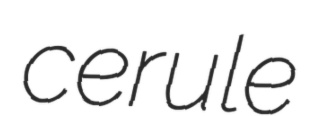
cerule